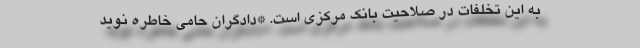
به این تخلفات در صلاحیت بانک مرکزی است. *دادگران حامی خاطره نوید